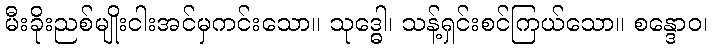
မီးခိုးညစ်မျိုးငါးအင်မှကင်းသော။ သုဒ္ဓေါ၊ သန့်ရှင်းစင်ကြယ်သော။ စန္ဒောဝ၊